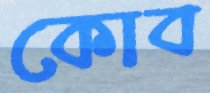
কোব